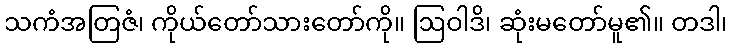
သကံအတြဇံ၊ ကိုယ်တော်သားတော်ကို။ ဩဝါဒိ၊ ဆုံးမတော်မူ၏။ တဒါ၊